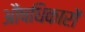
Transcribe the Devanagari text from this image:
औषधिकारों